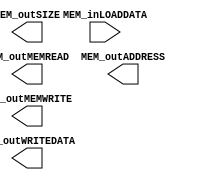
module mem1(
    MEM_inLOADDATA,
    //------------------------------------------------------------------------------------------
    MEM_outSIZE,
    MEM_outMEMWRITE,MEM_outMEMREAD,
    MEM_outADDRESS,MEM_outWRITEDATA,

);
    input[31:0] MEM_inLOADDATA;
    //-------------------------------------------------------------------------------------------
    output [1:0] MEM_outSIZE;
    output MEM_outMEMWRITE,MEM_outMEMREAD;
    output [31:0] MEM_outADDRESS,MEM_outWRITEDATA;

endmodule